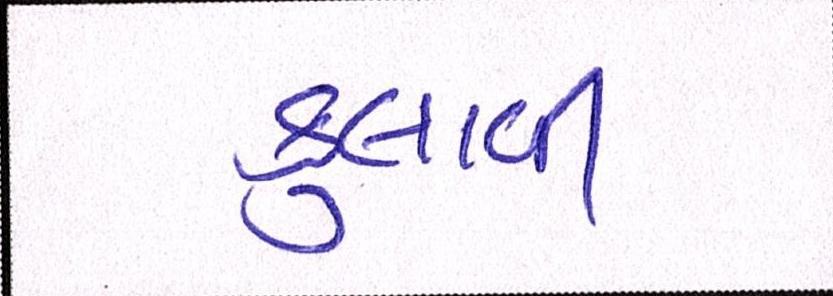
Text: ફુલાવી